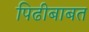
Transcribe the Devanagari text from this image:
पिढीबाबत